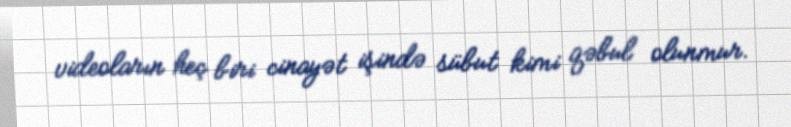
videoların heç biri cinayət işində sübut kimi qəbul olunmur.